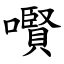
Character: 㘋